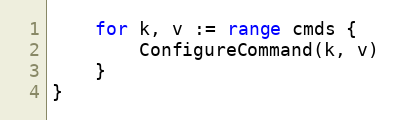
Language: Go
	for k, v := range cmds {
		ConfigureCommand(k, v)
	}
}